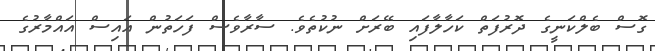
ގޮސް ބެލްކަނީގެ ދޮރުފަތް ކަހާލާފައި ބޭރަށް ނުކުތެވެ. ސާރާވެސް ފަހަތުން އައިސް އައްމާރުގެ